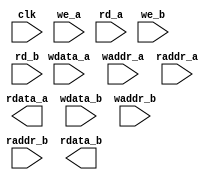
module tq_ram_dp_256x64 (
    				clk       ,
    				wdata_a   ,
    				waddr_a   ,
    				we_a      ,
    				rd_a      ,
    				raddr_a   ,
    				rdata_a   ,  				          
    				wdata_b   ,
    				waddr_b   ,
    				we_b      ,
    				rd_b      ,
    				raddr_b   ,
                    rdata_b 
);

// ********************************************
//                                             
//    Input/Output DECLARATION                    
//                                             
// ********************************************
input               clk      ; 
input  [255:0]		wdata_a, wdata_b;
output [255:0]   	rdata_a, rdata_b;
input  [5:0]    	waddr_a, raddr_a, waddr_b, raddr_b;
input   			we_a, rd_a, we_b, rd_b;

// ********************************************
//                                             
//    Logic DECLARATION                 
//                                             
// ********************************************
wire [5:0] addr_a, addr_b;

assign addr_a = we_a ? waddr_a : raddr_a;
assign addr_b = raddr_b;

`ifdef  RTL_MODEL 
ram_2p #(.Addr_Width(6), .Word_Width(256)) 
		ram_2p_256x64 (
				.clka    ( clk         ),  
				.cena_i  ( ~(we_a|rd_a)),
		        .oena_i  ( 1'b0        ),
		        .wena_i  ( ~we_a       ),
		        .addra_i ( addr_a      ),
		        .dataa_o ( rdata_a     ),
		        .dataa_i ( wdata_a     ),
				.clkb    ( clk         ),     
				.cenb_i  ( ~rd_b       ),   
				.oenb_i  ( 1'b0        ),   
				.wenb_i  ( 1'b1        ),  //only read ;
				.addrb_i ( addr_b      ),
				.datab_o ( rdata_b     ),   
				.datab_i ( wdata_b     )
);
`endif 

`ifdef FPGA_MODEL
ram_dp_256x48  u_ram_dp_256x48(
	.clock    (clk     ),
//Port_A               
	.address_a(addr_a  ),
	.data_a   (wdata_a ),
	.rden_a   (rd_a    ),
	.wren_a   (we_a    ),
	.q_a      (rdata_a ),
//Port_B 	
	.address_b(addr_b  ),
	.data_b   (wdata_b ),
	.rden_b   (rd_b    ),
	.wren_b   (1'b0    ),
	.q_b      (rdata_b )
);              
`endif

`ifdef SMIC13_MODEL

`endif  
endmodule